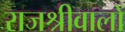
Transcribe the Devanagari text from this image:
राजश्रीवालों